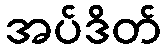
အပ်ဒိတ်